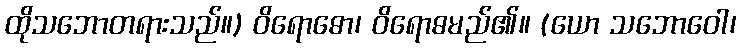
ထိုသဘောတရားသည်။) ဝိရောဓော၊ ဝိရောဓမည်၏။ (ယော သဘောဝေါ၊